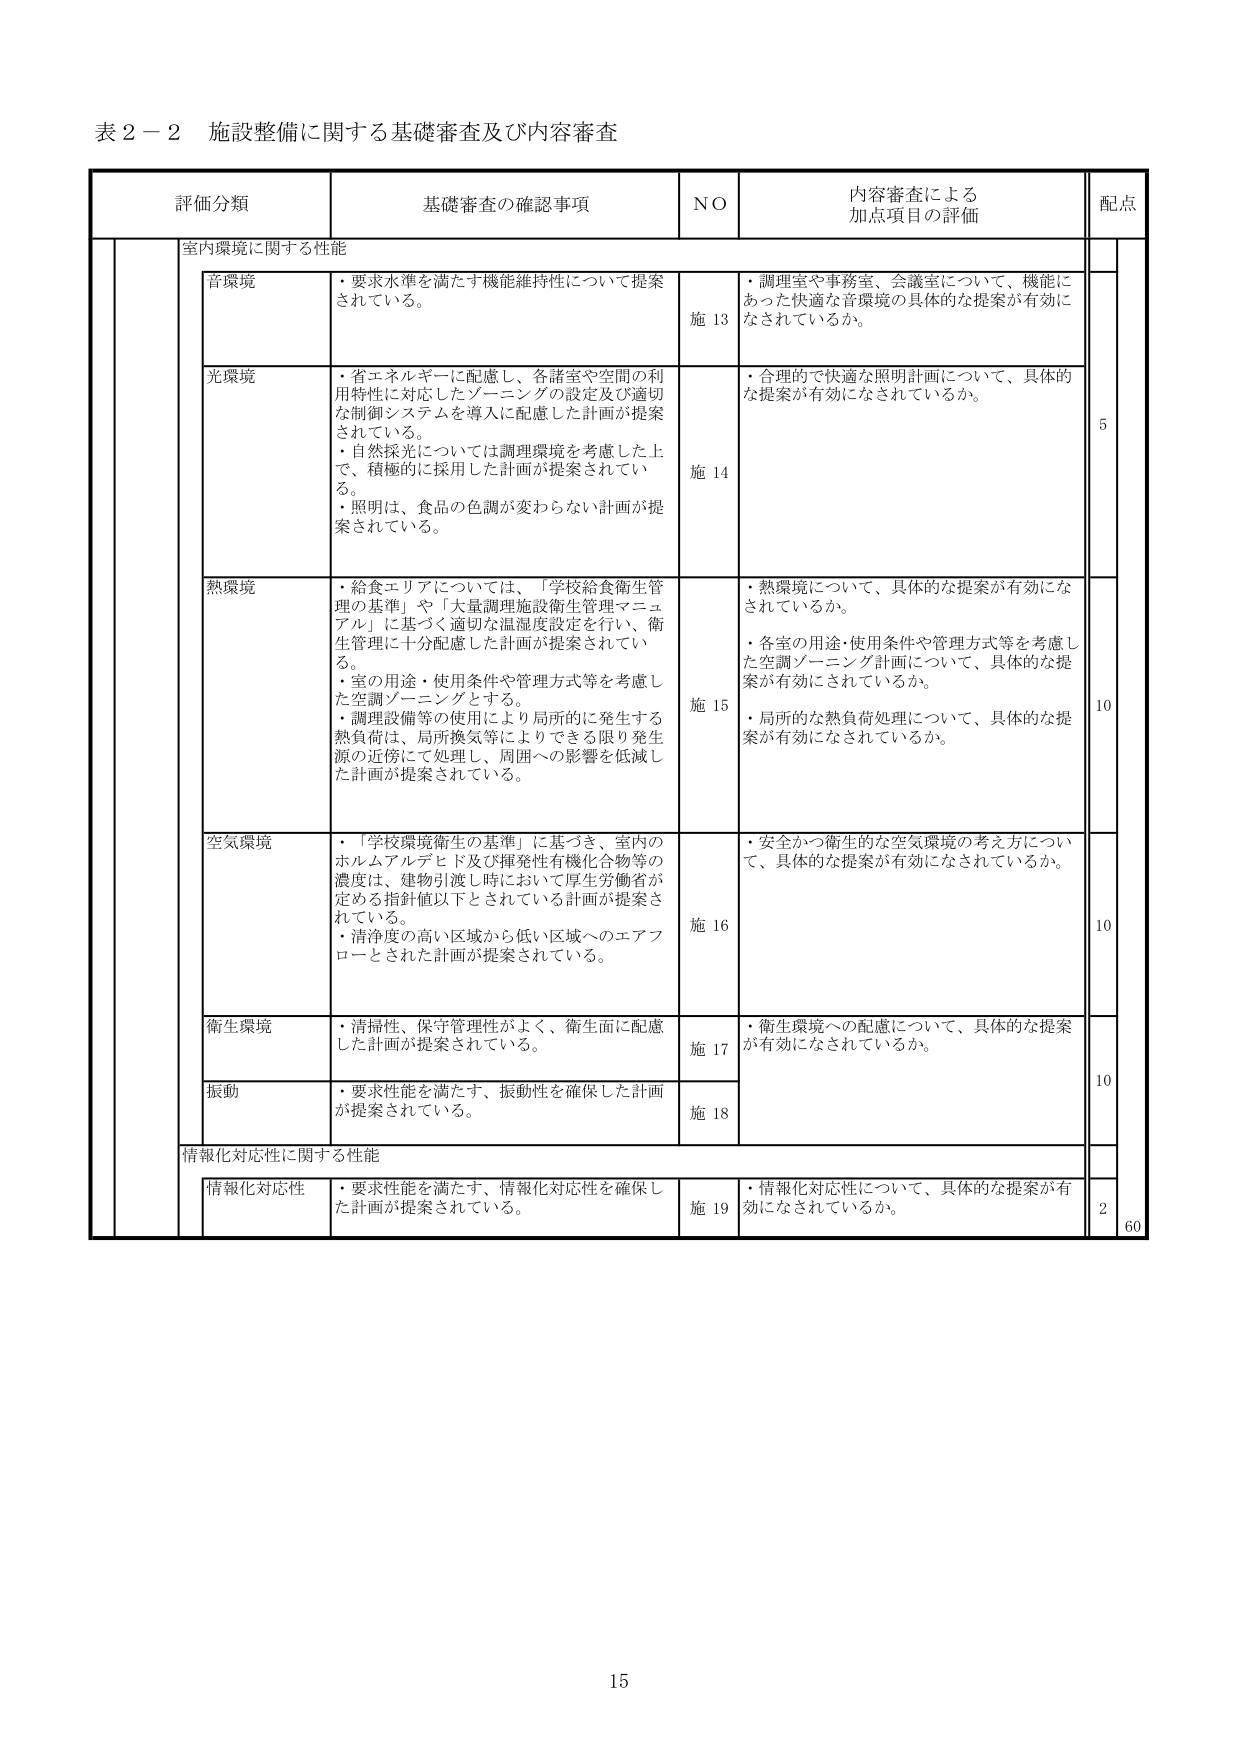
表２－２ 施設整備に関する基礎審査及び内容審査

評価分類 基礎審査の確認事項 NO 内容審査による加点項目の評価 配点

室内環境に関する性能

音環境
・要求水準を満たす機能維持性について提案されている。
施 13
・調理室や事務室、会議室について、機能にあった快適な音環境の具体的な提案が有効になされているか。

光環境
・省エネルギーに配慮し、各諸室や空間の利用特性に対応したゾーニングの設定及び適切な制御システムを導入に配慮した計画が提案されている。
・自然採光については調理環境を考慮した上で、積極的に採用した計画が提案されている。
・照明は、食品の色調が変わらない計画が提案されている。
施 14
・合理的で快適な照明計画について、具体的な提案が有効になされているか。
5

熱環境
・給食エリアについては、「学校給食衛生管理の基準」や「大量調理施設衛生管理マニュアル」に基づく適切な温湿度設定を行い、衛生管理に十分配慮した計画が提案されている。
・室の用途・使用条件や管理方式等を考慮した空調ゾーニングとする。
・調理設備等の使用により局所的に発生する熱負荷は、局所換気等によりできる限り発生源の近傍にて処理し、周囲への影響を低減した計画が提案されている。
施 15
・熱環境について、具体的な提案が有効になされているか。
・各室の用途・使用条件や管理方式等を考慮した空調ゾーニング計画について、具体的な提案が有効にされているか。
・局所的な熱負荷処理について、具体的な提案が有効になされているか。
10

空気環境
・「学校環境衛生の基準」に基づき、室内のホルムアルデヒド及び揮発性有機化合物等の濃度は、建物引渡し時において厚生労働省が定める指針値以下とされている計画が提案されている。
・清浄度の高い区域から低い区域へのエアフローとされた計画が提案されている。
施 16
・安全かつ衛生的な空気環境の考え方について、具体的な提案が有効になされているか。
10

衛生環境
・清掃性、保守管理性がよく、衛生面に配慮した計画が提案されている。
施 17
・衛生環境への配慮について、具体的な提案が有効になされているか。
10

振動
・要求性能を満たす、振動性を確保した計画が提案されている。
施 18

情報化対応性に関する性能

情報化対応性
・要求性能を満たす、情報化対応性を確保した計画が提案されている。
施 19
・情報化対応性について、具体的な提案が有効になされているか。
2

60

15